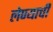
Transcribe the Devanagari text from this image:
लेण्याची